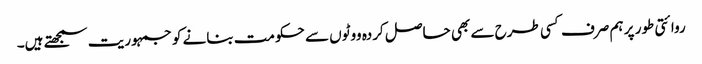
روائتی طور پر ہم صرف کسی طرح سے بھی حاصل کردہ ووٹوں سے حکومت بنانے کو جمہوریت سمجھتے ہیں۔